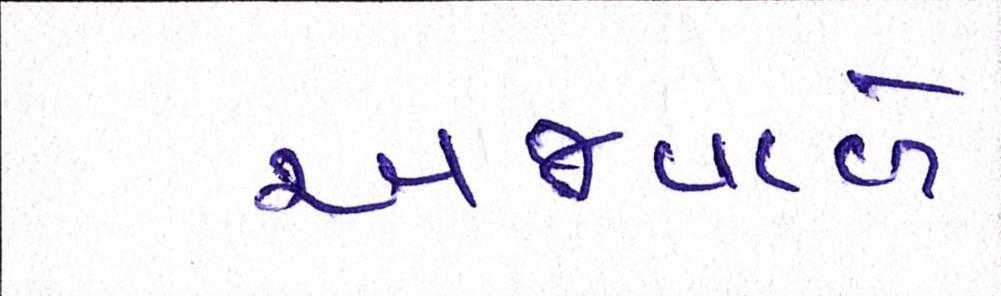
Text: અજવાળે